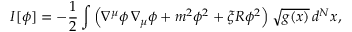
I [ \phi ] = - { \frac { 1 } { 2 } } \int \left( \nabla ^ { \mu } \phi \, \nabla _ { \mu } \phi + m ^ { 2 } \phi ^ { 2 } + \xi R \phi ^ { 2 } \right) \sqrt { g ( x ) } \, d ^ { N } x ,